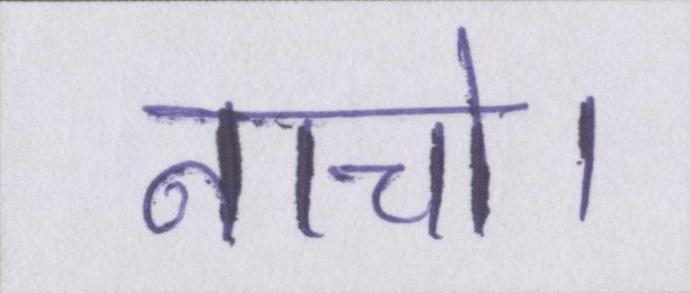
नाचो।